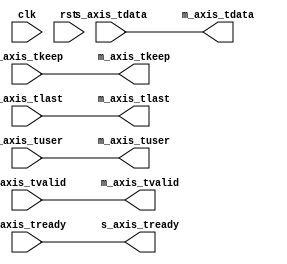
// SPDX-License-Identifier: BSD-2-Clause-Views
/*
 * Copyright (c) 2021-2023 The Regents of the University of California
 */

// Language: Verilog 2001

`resetall
`timescale 1ns / 1ps
`default_nettype none

/*
 * NIC layer 2 egress processing
 */
module mqnic_l2_egress #
(
    // Width of AXI stream interfaces in bits
    parameter AXIS_DATA_WIDTH = 256,
    // AXI stream tkeep signal width (words per cycle)
    parameter AXIS_KEEP_WIDTH = AXIS_DATA_WIDTH/8,
    // AXI stream tuser signal width
    parameter AXIS_USER_WIDTH = 1
)
(
    input  wire                        clk,
    input  wire                        rst,

    /*
     * Transmit data input
     */
    input  wire [AXIS_DATA_WIDTH-1:0]  s_axis_tdata,
    input  wire [AXIS_KEEP_WIDTH-1:0]  s_axis_tkeep,
    input  wire                        s_axis_tvalid,
    output wire                        s_axis_tready,
    input  wire                        s_axis_tlast,
    input  wire [AXIS_USER_WIDTH-1:0]  s_axis_tuser,

    /*
     * Transmit data output
     */
    output wire [AXIS_DATA_WIDTH-1:0]  m_axis_tdata,
    output wire [AXIS_KEEP_WIDTH-1:0]  m_axis_tkeep,
    output wire                        m_axis_tvalid,
    input  wire                        m_axis_tready,
    output wire                        m_axis_tlast,
    output wire [AXIS_USER_WIDTH-1:0]  m_axis_tuser
);

// placeholder
assign m_axis_tdata = s_axis_tdata;
assign m_axis_tkeep = s_axis_tkeep;
assign m_axis_tvalid = s_axis_tvalid;
assign s_axis_tready = m_axis_tready;
assign m_axis_tlast = s_axis_tlast;
assign m_axis_tuser = s_axis_tuser;

endmodule

`resetall